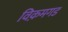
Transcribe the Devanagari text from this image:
विक़मगड